Note on the mental hospitals in Burma - 1925-1940
Year: 1925
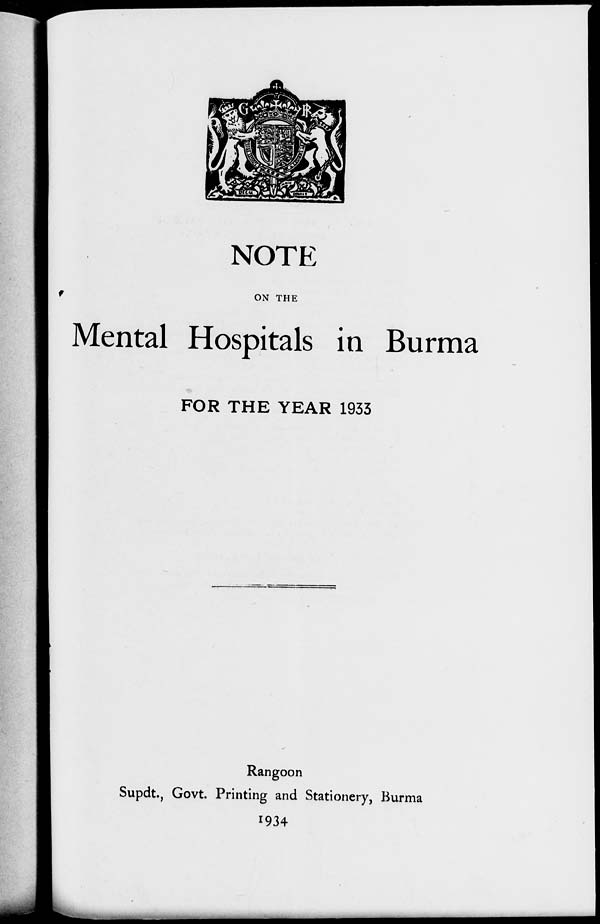
NOTE
ON THE
Mental Hospitals in Burma
FOR THE YEAR 1933
Rangoon
Supdt., Govt. Printing and Stationery, Burma
1934